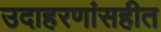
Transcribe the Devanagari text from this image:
उदाहरणांसहीत